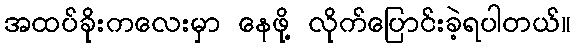
အထပ်ခိုးကလေးမှာ နေဖို့ လိုက်ပြောင်းခဲ့ရပါတယ်။